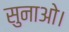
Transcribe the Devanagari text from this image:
सुनाओ।